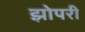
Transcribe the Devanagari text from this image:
झोपरी